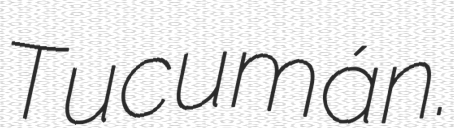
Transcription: Tucumán.